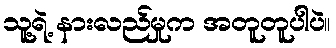
သူ့ရဲ့ နားလည်မှုက အတူတူပါပဲ။